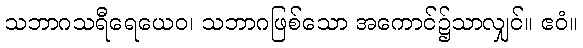
သဘာဂသရီရေယေဝ၊ သဘာဂဖြစ်သော အကောင်၌သာလျှင်။ ဧဝံ။